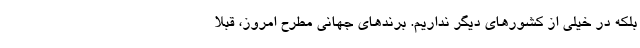
بلکه در خیلی از کشور‌های دیگر نداریم. برندهای جهانی مطرح امروز، قبلا